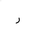
Letter: _ra